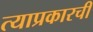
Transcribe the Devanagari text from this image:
त्याप्रकारची